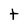
Character: t